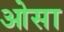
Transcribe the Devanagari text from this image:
ओसा